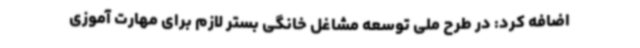
اضافه کرد: در طرح ملی توسعه مشاغل خانگی بستر لازم برای مهارت آموزی